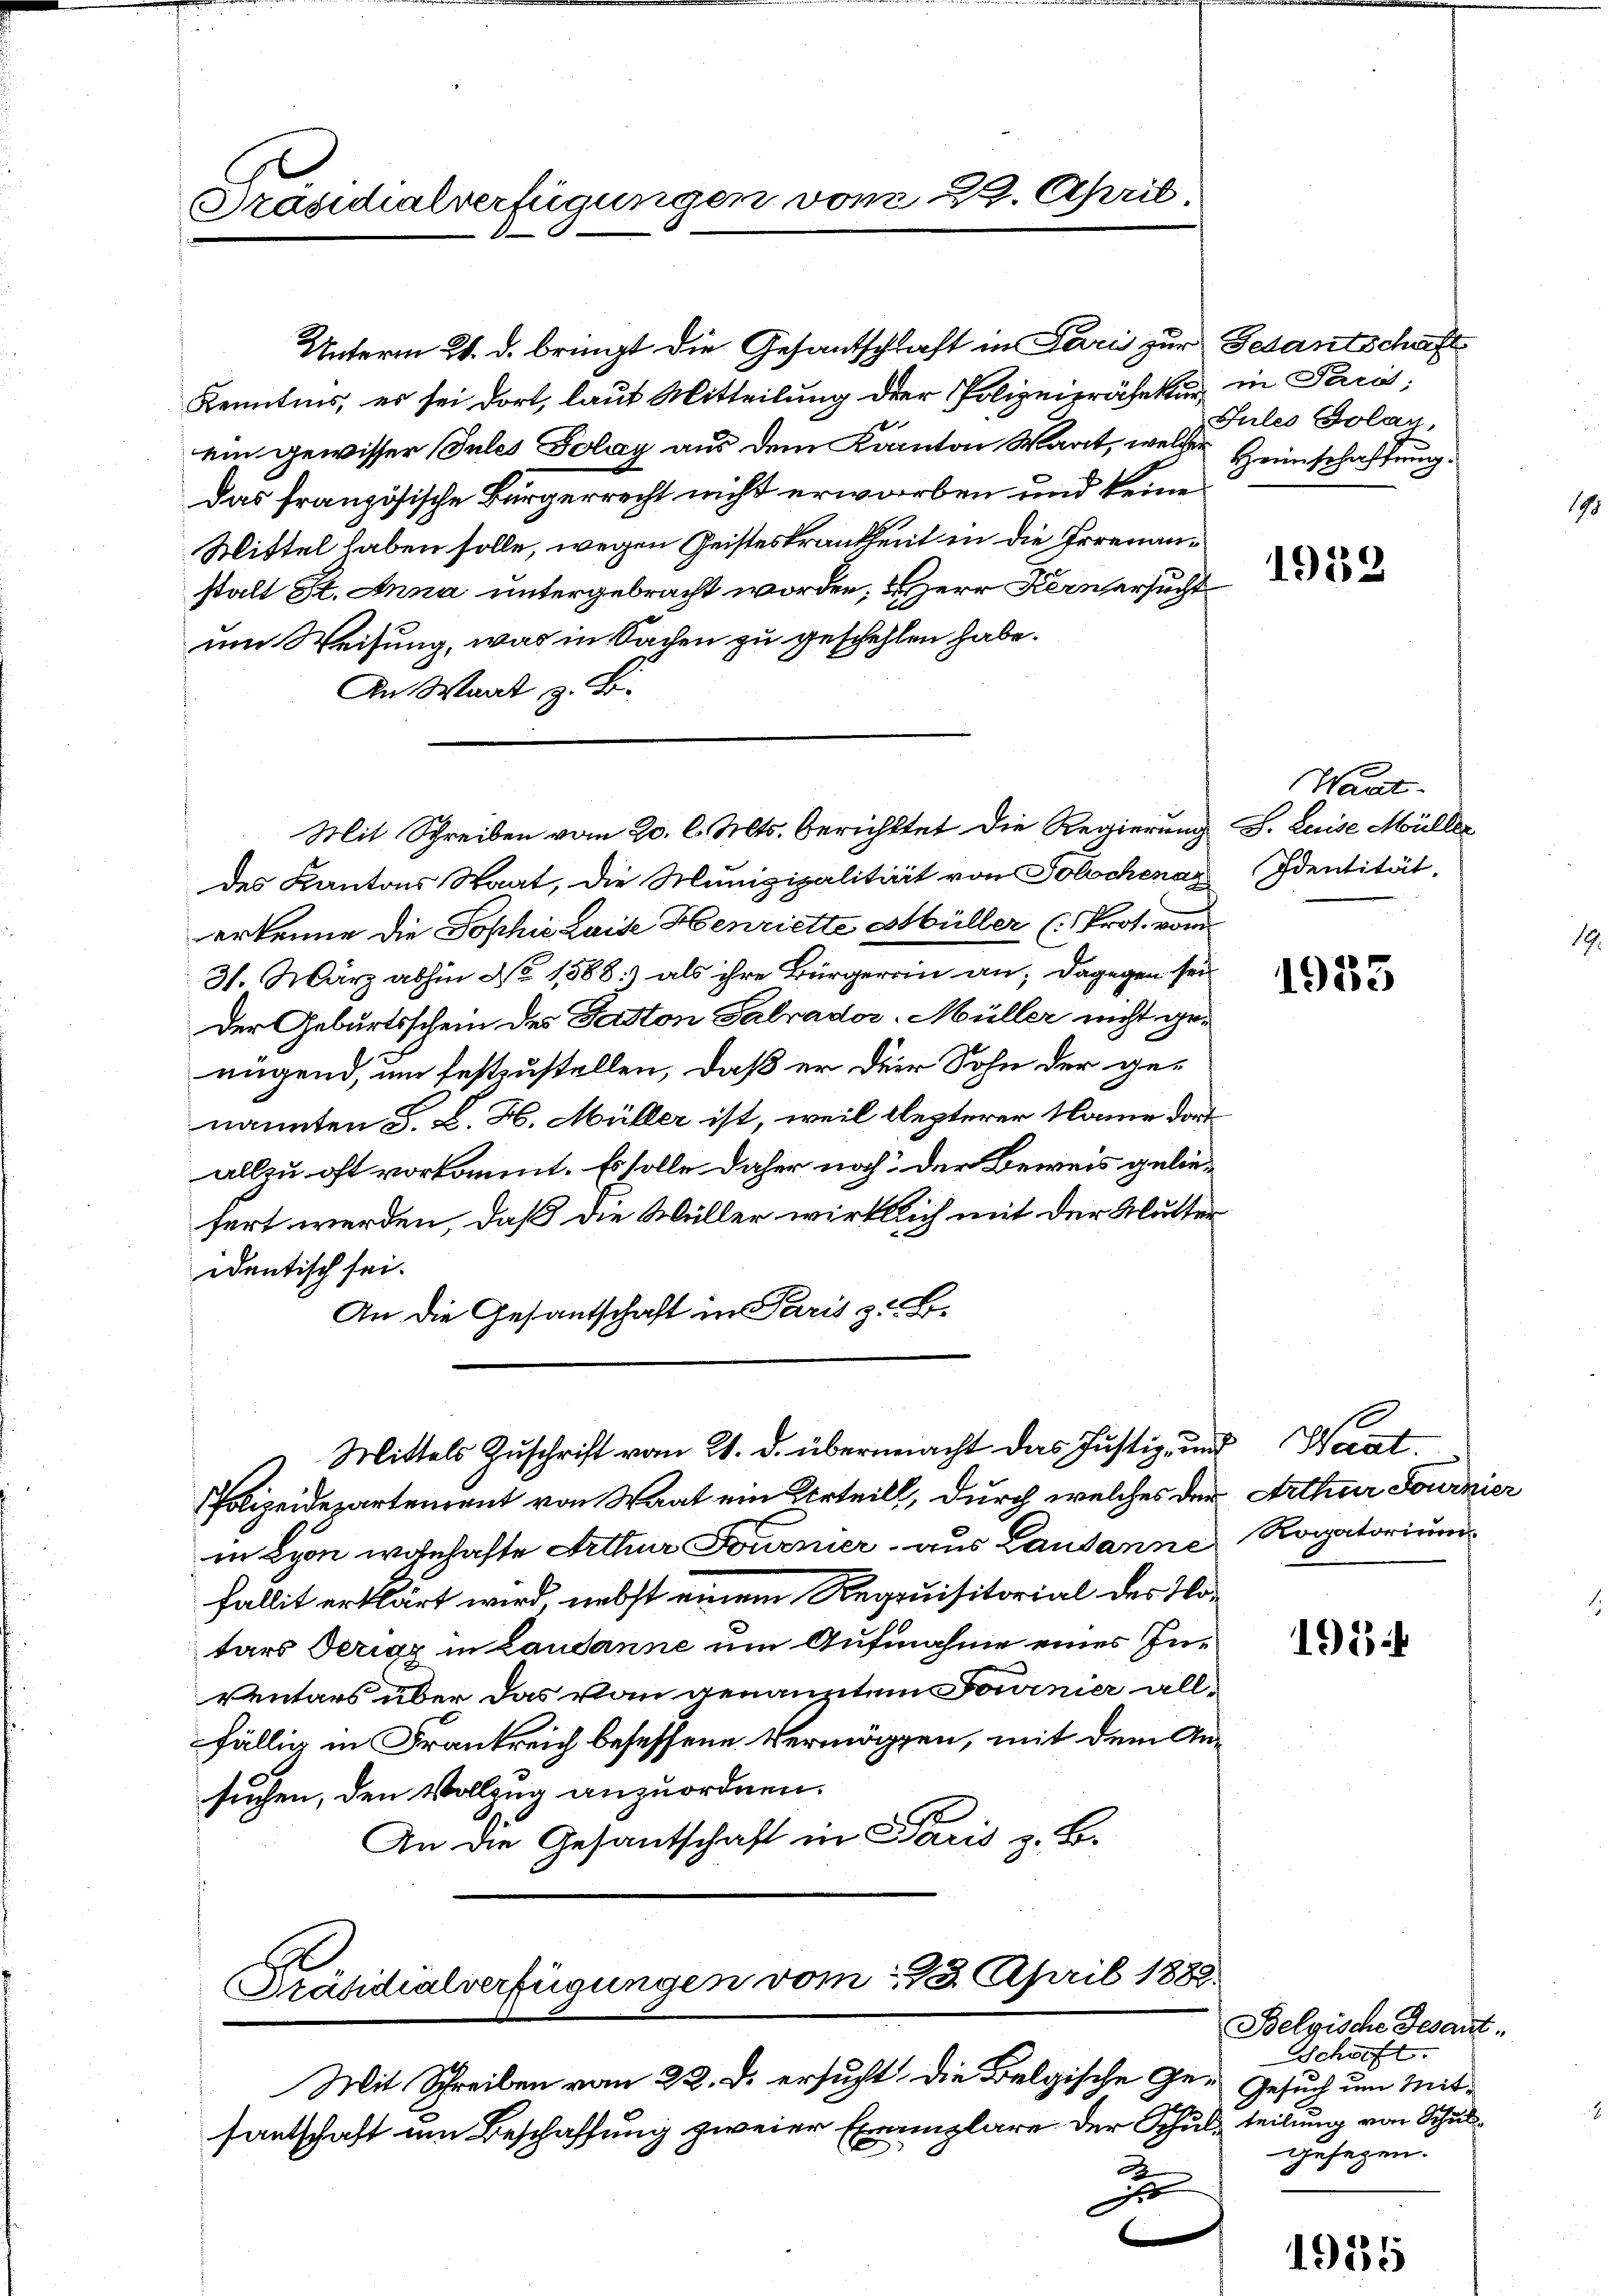
Präsidialverfügungen vom 29. April,

Kenntnis, es sei dort, laut Mitteilung der Polizeipräsekur in Pari;
ein gewisser Sules Polay aus dem Kanton Wart, welcher Heimschaftung
Das französische Bürgerrecht nicht erworben und keine
Mittel haben solle, wegen Geisteskrankheit in die Irrenanstalt St. Anna untergebracht worden, u Herr Kern ersucht
um Weisung, was in Sachen zu geschehlen habe.
An Wart z. B.
des Kantons Staat, die Munizipalitärit von Solochenaz Identität,
erkenne die Sophie Luise Henriette Müller (Prof. vom
31. März abhin No 1588) als ihre Bürgerrin an; dagegen sei
Der Geburtsschein des Paston Salvador Müller nicht genügend, um festzustellen, daß er der Sohn der ge-
nannten G. L. H. Müller ist, weil lezterer Name dort
allzu oft vorkommt. Es solle daher noch der Beweis gelie-
sert werden, daß die Müller wirklich mit der Mutter
identisch sei.
An die Gesandschaft in Paris z. B.
Mittels Zuschrift vom 21. d. übermacht das Justiz- und Wart
Polizeidepartement von Waat ein Urteill, durch welches der
in Lyon wohnhafte Arthur Fouenier aus Lausanne Rogatorium
fallit erklärt wird, nebst einem Requisitorial des Vortars Serigz in Laudanne um Aufnahme eines In¬
Ventars über das vom genanntem Fournier allfällig in Frankreich besessene Vermögen, mit dem Ansuchen, den Vollzug anzuordnen.
An die Gesantschaft in Paris z. B.

Unterm 24. d. bringt die Gesantschlaft in Pari zur Gedantschaft

Mit Schreiben vom 20. l. Mts. berichttet die Regierung s. Luise Müller

Präsidialverfügungen vom 213. April 1888.

Mit Schreiben vom 22. d. ersucht die Belgische Ge- Gesuch um Mit-
santschaft um Beschaffung zweier Exemplare der Schulz teilung von Schul
J

Jules Solay,

1932

Waut.

1933

Arthur Journier

1934

Belgische Gesant.
Schweft
Gesezen.
A
e

92